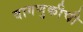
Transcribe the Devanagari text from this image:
वागणुकीची